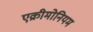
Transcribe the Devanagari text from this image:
एक्रीमोनियम